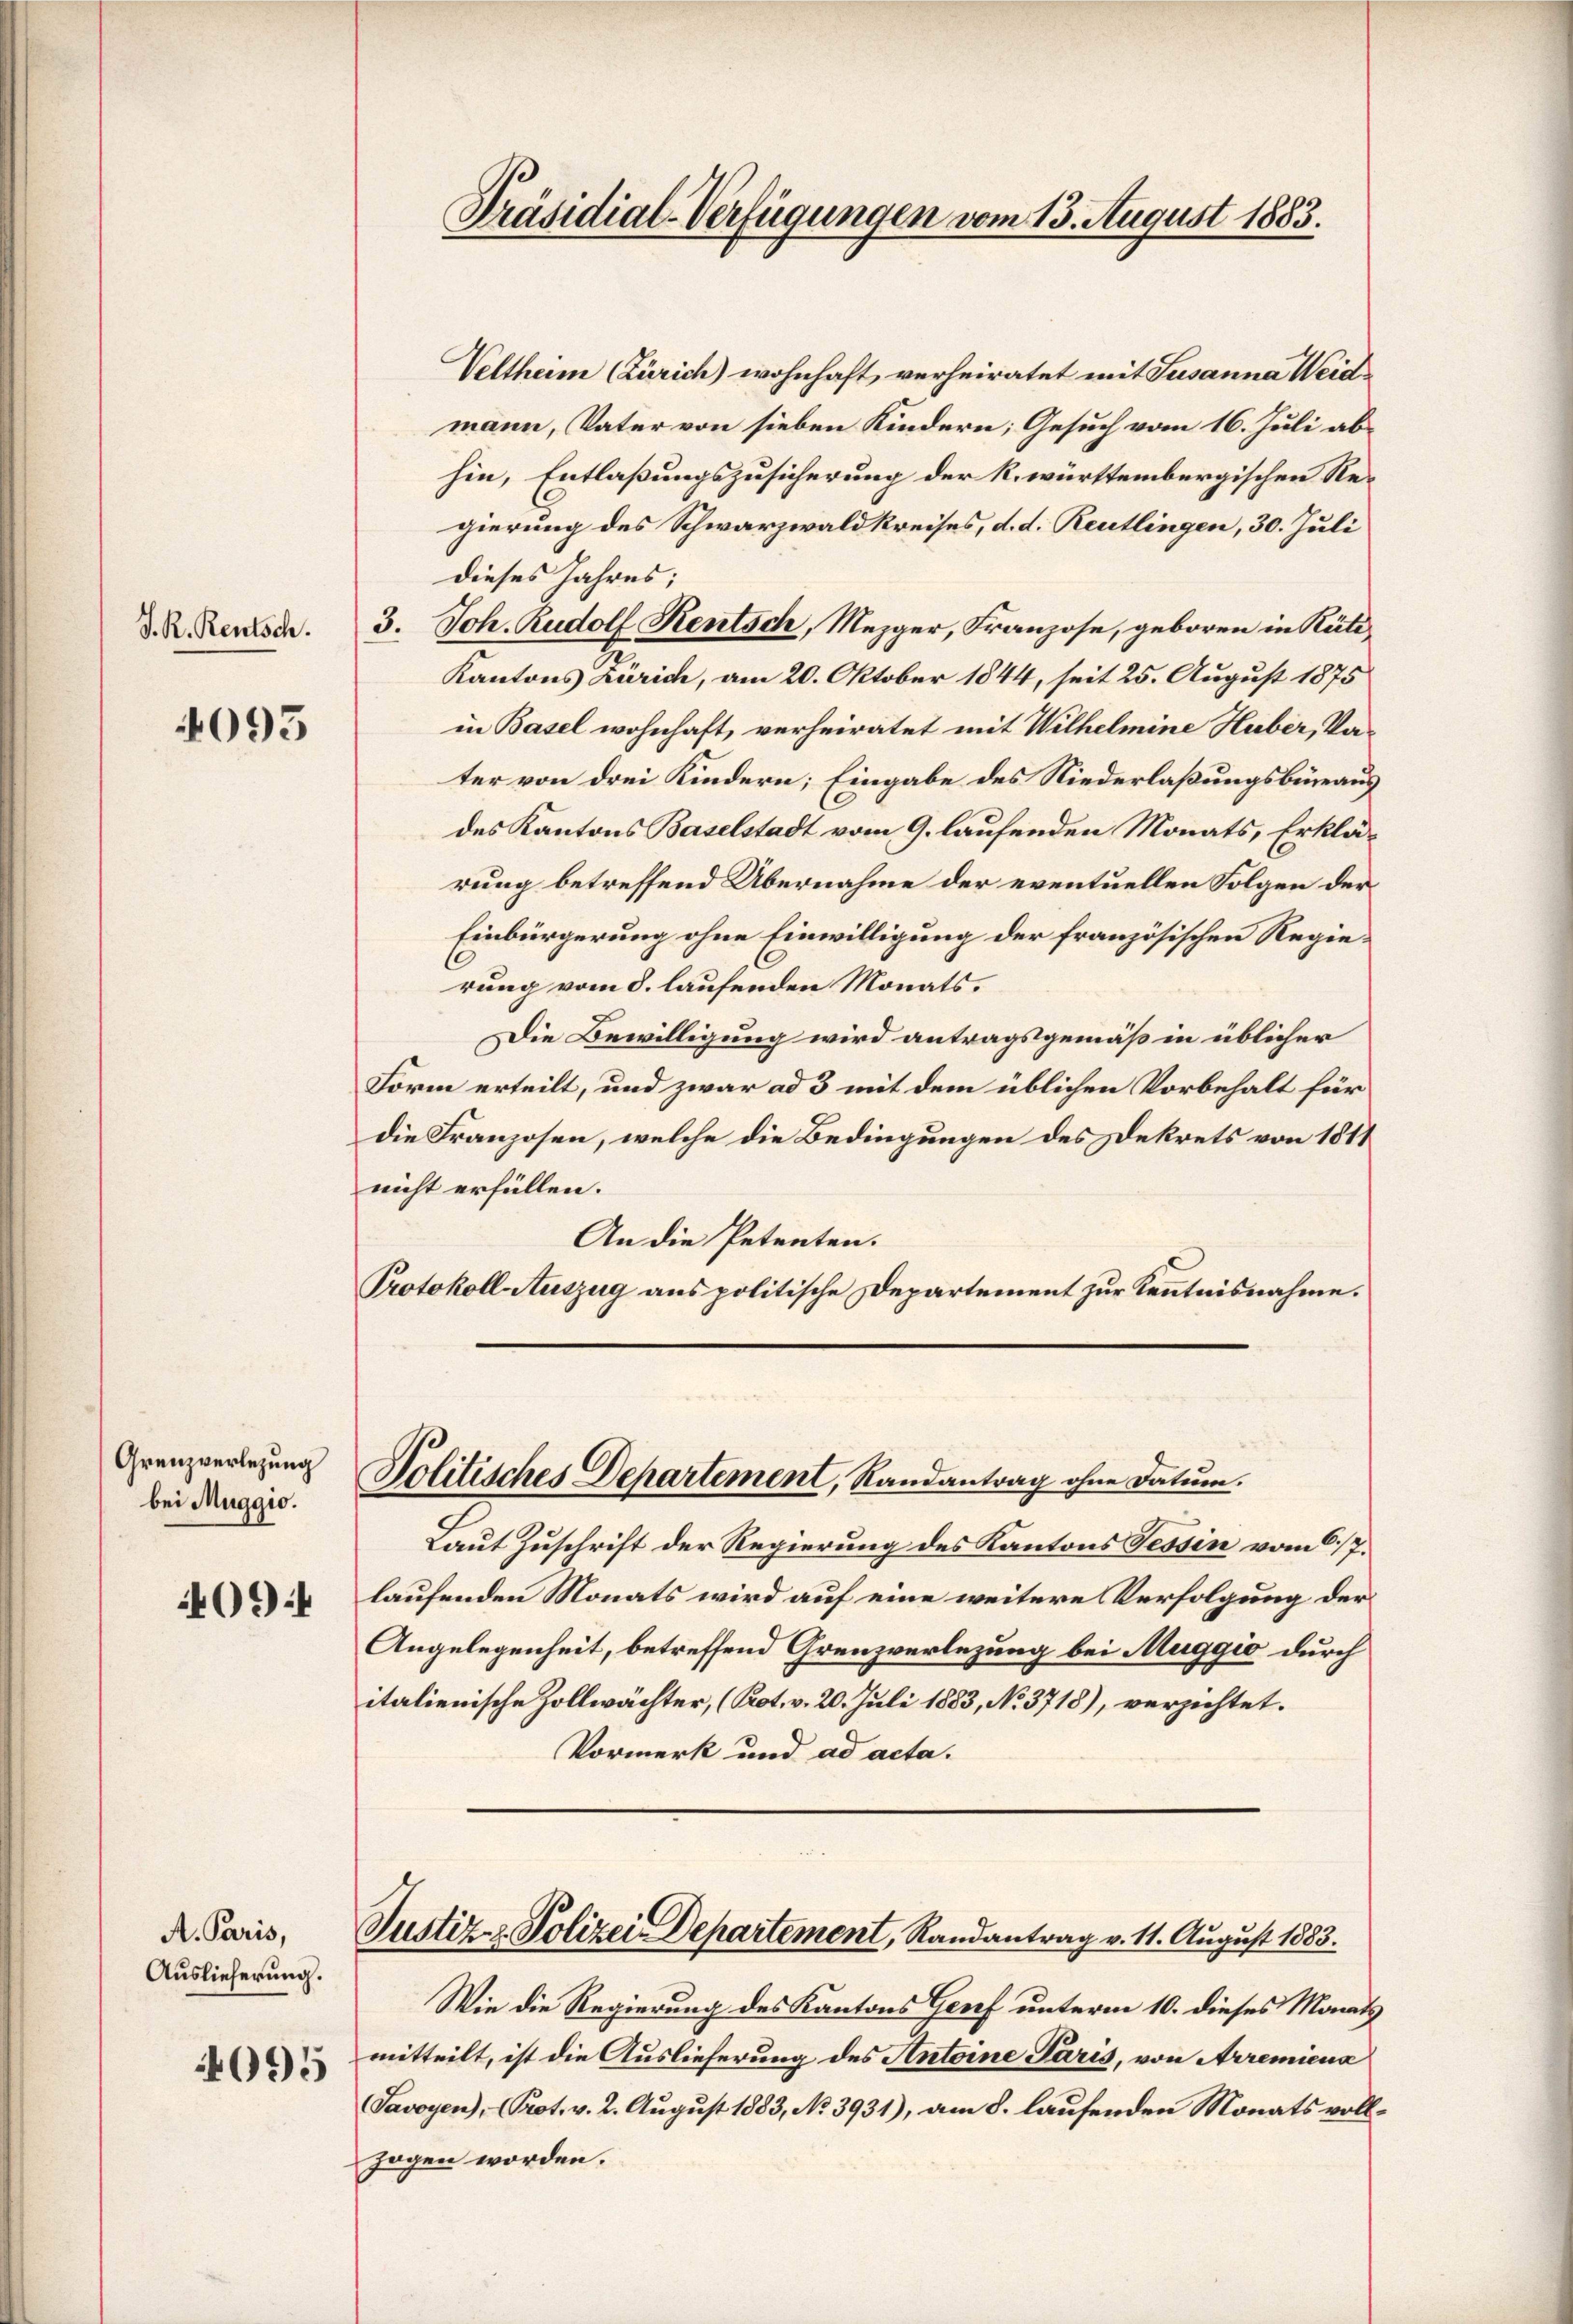
093

Grenzverlegung
bei Muggio.

4094

A. Paris,
Auslieferung.
4095

Präsidial-Verfügungen vom 13. August 1883.

Veltheim (Zürich) wohnhaft, verheiratet mit Susanna Weid
mann, Vater von sieben Kindern; Gesuch vom 16. Juli abhin, Entlaßungszusicherung der k. württembergischen Regierung des Schwarzwald Kreises, d. d. Reutlingen, 30. Juli
dieses Jahres;
d. R. Rentsch. 3. Joh. Rudolf Rentsch, Mezger, Franzose, geboren in Rüti¬
Kantons Zürich, am 20. Oktober 1844, seit 25. August 1875
in Basel wohnhaft, verheiratet mit Wilhelmine Huber, Va-
ter von drei Kindern; Eingabe des Niederlaßungsbüreaus
des Kantons Baselstadt vom 9. laufenden Monats, Erklärung betreffend Übernahme der eventuellen Folgen der
Einbürgerung ohne Einwilligung der französischen Regierung vom 8. laufenden Monats¬
Die Bewilligung wird antragsgemäß in üblicher
Form erteilt, und zwar ad 3 mit dem üblichen Vorbehalt für
die Franzosen, welche die Bedingungen des Dekrets von 1811
nicht erfüllen.
An die Petenten.
Protokoll Auszug aus politische Departement zur Kenntnisnahme.

Nolitisches Departement, Randantrag ohne Datum.

Laut Zuschrift der Regierung des Kantons Tessin vom 17.
laufenden Monats wird auf eine weitere Verfolgung der
Angelegenheit, betreffend Grenzverlegung bei Muggio durch
italienische Zollwächter, (Kot. v. 20. Juli 1883, No. 3718), verzichtet.
Vormerk und ad acta.

Justiz- & Polizei Departement, Randantrag v. 11. August 1883.

Wie die Regierung des Kantons Genf unterm 10. dieses Monts
mitteilt, ist die Auslieferung des Antoine Paris, von Arremiens
Savoyen), - Prot. v. 2. August 1883, No 3931), am 8. laufenden Monats vollzogen worden.